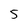
Character: 5